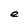
Character: e